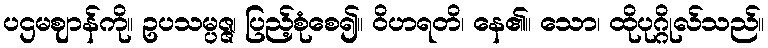
ပဌမဈာန်ကို။ ဥပသမ္ပဇ္ဇ၊ ပြည့်စုံစေ၍။ ဝိဟရတိ၊ နေ၏။ သော၊ ထိုပုဂ္ဂိုလ်သည်။